Civil Veterinary Department. Madras. Admin. report 1926-33 - 1926-1933
Year: 1926
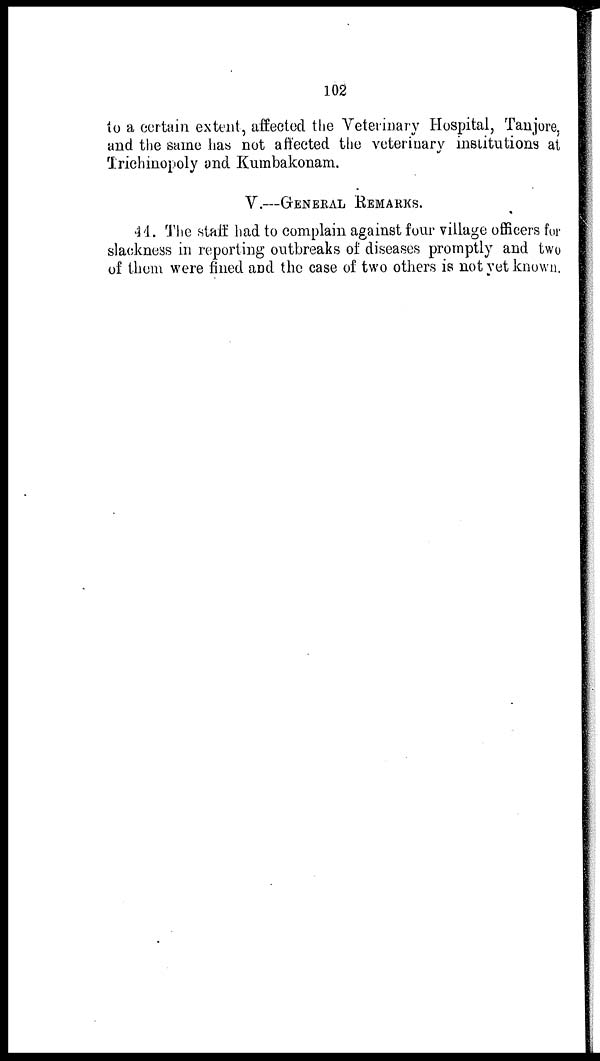
102
to a certain extent, affected the Veterinary Hospital, Tanjore,
and the same has not affected the veterinary institutions at
Trichinopoly and Kumbakonam.
V.—GENERAL REMARKS.
44. The staff had to complain against four village officers for
slackness in reporting outbreaks of diseases promptly and two
of them were fined and the case of two others is not yet known.